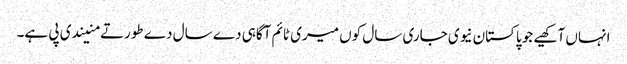
انہاں آکھیے جو پاکستان نیوی جاری سال کوں میری ٹائم آگاہی دے سال دے طورتے منیندی پی ہے۔